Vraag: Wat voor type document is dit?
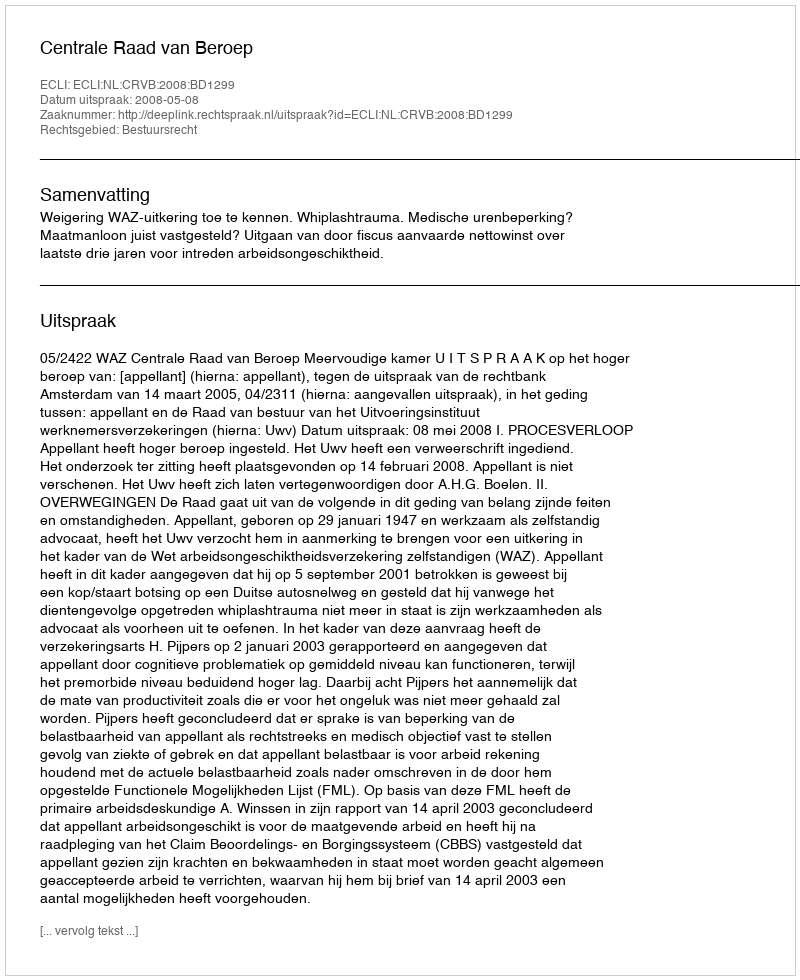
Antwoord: Uitspraak